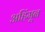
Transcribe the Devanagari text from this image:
अहिंमून